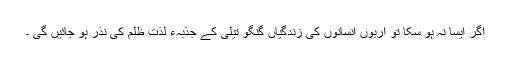
اگر ایسا نہ ہو سکا تو اربوں انسانوں کی زندگیاں گنگو تیلی کے جذبہء لذتِ ظلم کی نذر ہو جائیں گی ۔